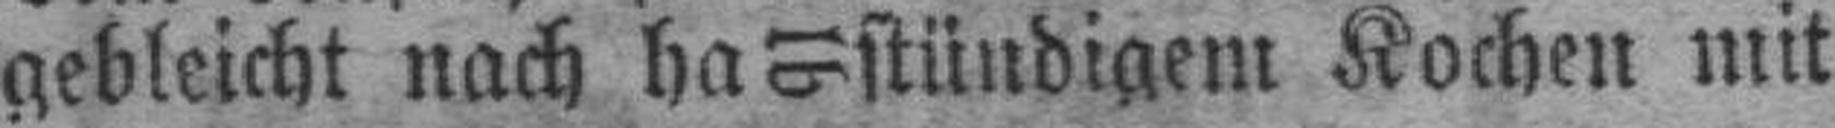
gebleicht nach halb stündigem Kochen mit